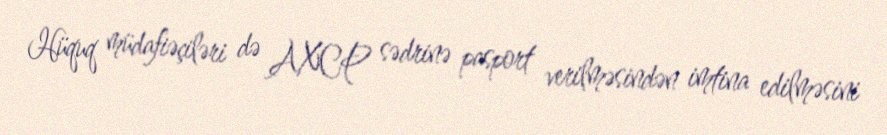
Hüquq müdafiəçiləri də AXCP sədrinə pasport verilməsindən imtina edilməsini